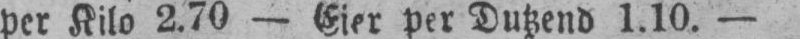
per Kilo 2.70 - Eier per Dutzend 1.10. -